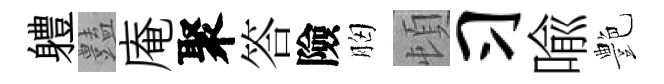
軆𧰟庵聚答險胸頓习喩艶